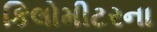
કિલોમીટરના